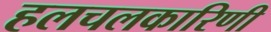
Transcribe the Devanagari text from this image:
हलचलकारिणी